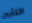
التأبين